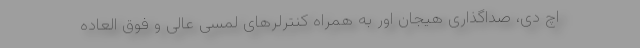
اچ دی، صداگذاری هیجان اور به همراه کنترلرهای لمسی عالی و فوق العاده